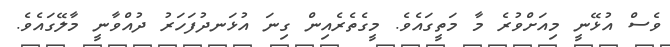
ވެސް އުޅޭނީ މިއަށްވުރެ މާ މަތީގައެވެ. މީގެތެރެއިން ގިނަ އުޅަނދުފަހަރު ދުއްވާނީ މާލޭގައެވެ.